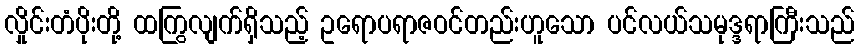
လှိုင်းတံပိုးတို့ ထကြွလျက်ရှိသည့် ဥရောပရာဇဝင်တည်းဟူသော ပင်လယ်သမုဒ္ဒရာကြီးသည်